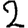
Digit: 2